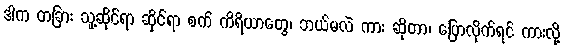
ဒါက တခြား သူ့ဆိုင်ရာ ဆိုင်ရာ စက် ကိရိယာတွေ၊ ဘယ်မလဲ ကား ဆိုတာ၊ ပြောလိုက်ရင် ကားလို့